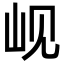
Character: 岘